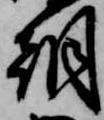
朝